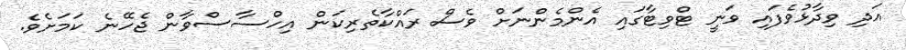
އަދި ވިދާޅުވެފައި ވަނީ ޓްވިޓާގައި އެންމެންނަށް ވެސް ރައްކާތެރިކަން އިހްސާސްވާން ޖެހޭނެ ކަމަށެވެ.